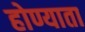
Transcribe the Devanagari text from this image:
होण्याता